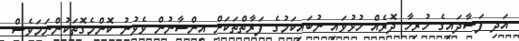
އަދި ފަސާދައިގެ ހުރިހާ ދޮރެއް ހުޅުވައި ނުބައިކަމުގެ ފަރާތްތަކަށް އިންސާނުން ވެވުނު ކޮންމެގޮތަކުންނަމަވެސް